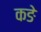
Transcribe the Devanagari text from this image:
कङे